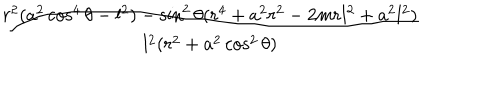
\frac { r ^ { 2 } ( a ^ { 2 } \cos ^ { 4 } \theta - l ^ { 2 } ) - \sin ^ { 2 } \theta ( r ^ { 4 } + a ^ { 2 } r ^ { 2 } - 2 m r l ^ { 2 } + a ^ { 2 } l ^ { 2 } ) } { l ^ { 2 } ( r ^ { 2 } + a ^ { 2 } \cos ^ { 2 } \theta ) }